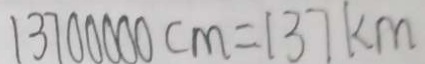
1 3 7 0 0 0 0 0 c m = 1 3 7 k m